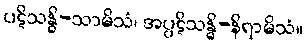
ပဋိသန္ဓိ-သာမိသံ၊ အပ္ပဋိသန္ဓိ-နိရာမိသံ။